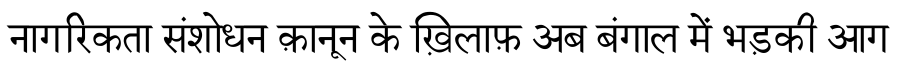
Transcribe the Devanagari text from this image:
नागरिकता संशोधन क़ानून के ख़िलाफ़ अब बंगाल में भड़की आग